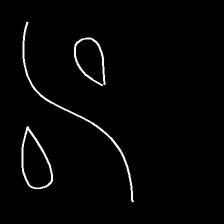
Glyph: water